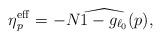
LaTeX: \begin{align*}\eta_p^\mathrm{eff}=-N\widehat{1-g_{\ell_0}}(p),\end{align*}